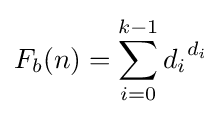
F_{b}(n)=\sum _{i=0}^{k-1}{d_{i}}^{d_{i}}